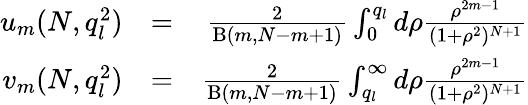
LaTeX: \begin{array}{rlr}{u_{m}(N,q_{l}^{2})}&{=}&{\frac{2}{\textrm{B}(m,N-m+1)}\int_{0}^{q_{l}}d\rho\frac{\rho^{2m-1}}{(1+\rho^{2})^{N+1}}}\\ {v_{m}(N,q_{l}^{2})}&{=}&{\frac{2}{\textrm{B}(m,N-m+1)}\int_{q_{l}}^{\infty}d\rho\frac{\rho^{2m-1}}{(1+\rho^{2})^{N+1}}}\end{array}